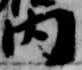
内